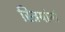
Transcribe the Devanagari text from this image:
स्त्रियांनां